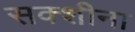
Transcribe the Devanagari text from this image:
सक्शीना